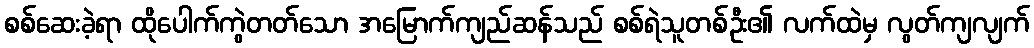
စစ်ဆေးခဲ့ရာ ထိုပေါက်ကွဲတတ်သော အမြောက်ကျည်ဆန်သည် စစ်ရဲသူတစ်ဦး၏ လက်ထဲမှ လွတ်ကျလျက်